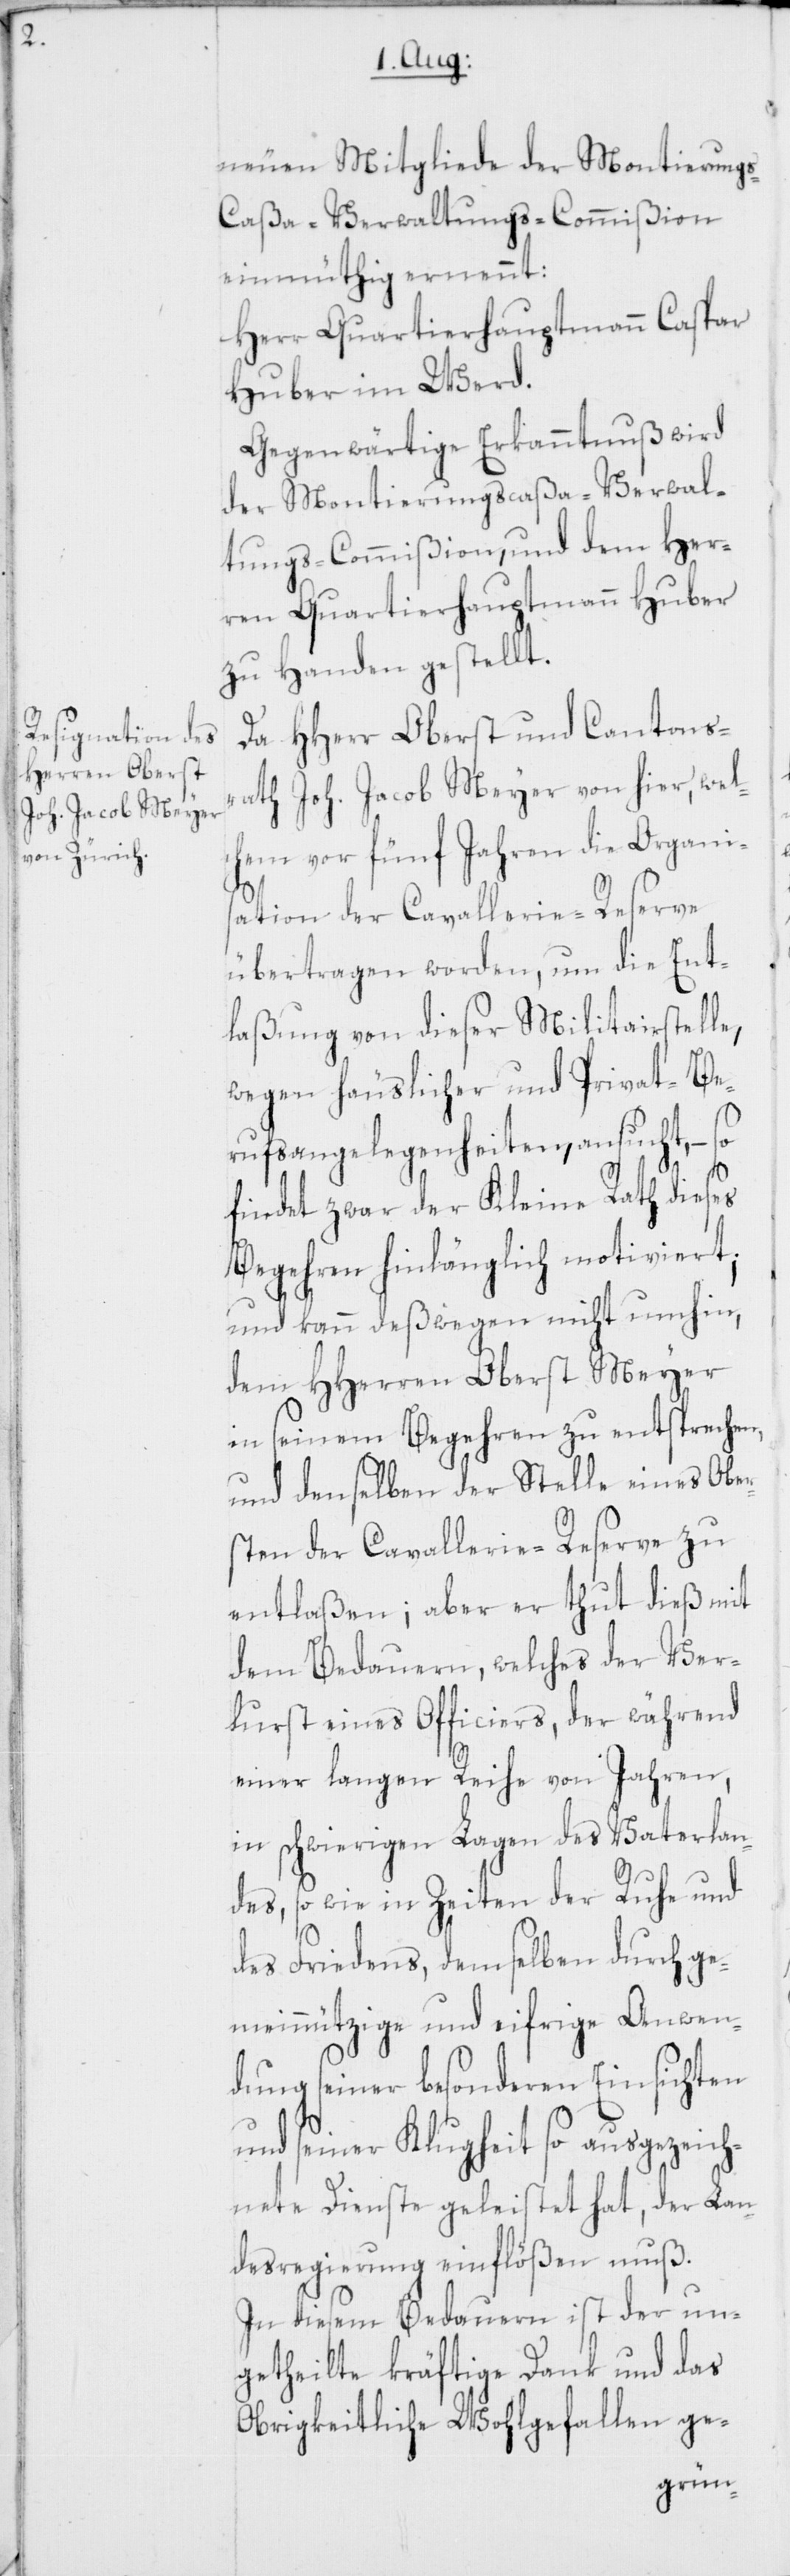
neuen Mitgliede der Montierung¬
s-Caßa-Verwaltungs-Commißion
einmüthig ernennt:
Herr Quartierhauptmann Caspar
Huber im Werd.
Gegenwärtige Erkanntnuß wird
der Montierungscaßa-Verwal¬
tungs-Commißion, und dem Her¬
ren Quartierhauptmann Huber
zu Handen gestellt.
Da HHerr Oberst und Cantonsr¬
ath Joh. Jacob Meyer von hier, wel¬
chem vor fünf Jahren die Organis¬
ation der Cavallerie-Reserve
übertragen worden, um die Ent¬
laßung von dieser Militairstelle,
wegen häuslicher und Privat-Be¬
rufsangelegenheiten, ansucht, – so
findet zwar der Kleine Rath dieses
Begehren hinlänglich motiviert;
und kann deßwegen nicht umhin,
dem HHerren Oberst Meyer
in seinem Begehren zu entsprechen,
und denselben der Stelle eines Ober¬
sten der Cavallerie-Reserve zu
entlaßen; aber er thut dieß mit
dem Bedauern, welches der Ver¬
lurst eines Officiers, der während
einer langen Reihe von Jahren,
in schwierigen Lagen des Vaterlan¬
des, so wie in Zeiten der Ruhe und
des Friedens, demselben durch ge¬
meinnützige und eifrige Anwen¬
dung seiner besonderen Einsichten
und seiner Klugheit so ausgezeich¬
nete Dienste geleistet hat, der Lan¬
desregierung einflößen muß.
In diesem Bedauern ist der un¬
getheilte kräftige Dank und das
Obrigkeitliche Wohlgefallen ge-